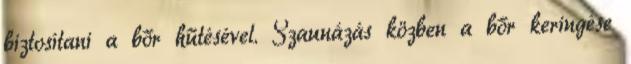
biztosítani a bőr hűtésével. Szaunázás közben a bőr keringése